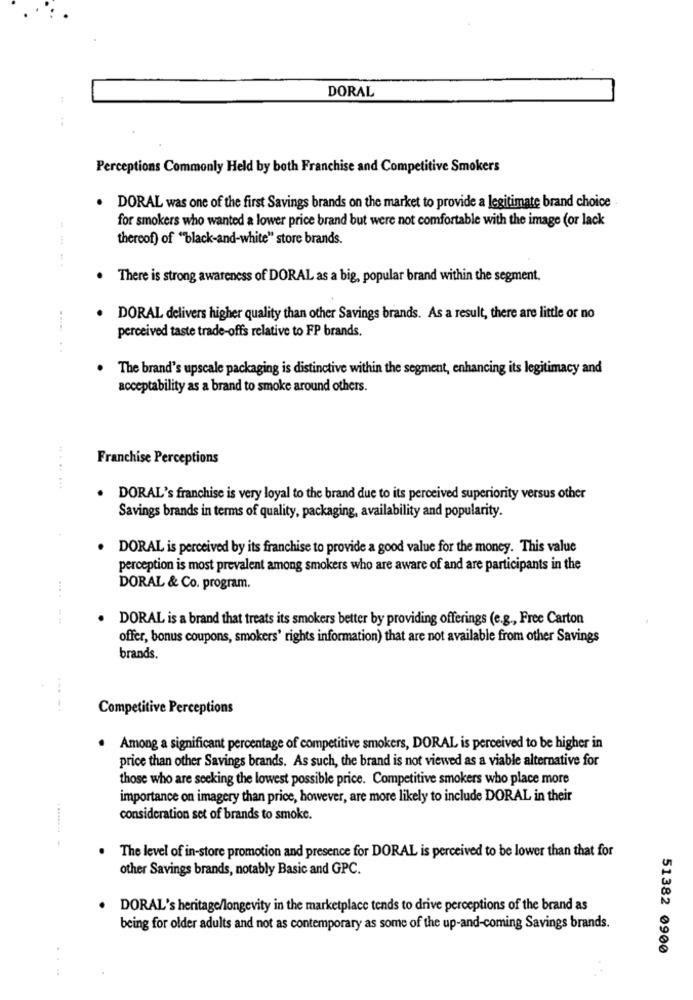
DORAL
Perceptions Commonly Held by both Franchise and Competitive Smokers
. DORAL was one of the first Savings brands on the market to provide a legitimate brand choice
for smokers who wanted a lower price brand but were not comfortable with the image (or lack
thereof) of "black-and-white" store brands.
There is strong awareness of DORAL as a big, popular brand within the segment.
DORAL delivers higher quality than other Savings brands. As a result, there are little or no
perceived taste trade-offs relative to FP brands.
The brand's upscale packaging is distinctive within the segment, enhancing its legitimacy and
acceptability as a brand to smoke around others.
Franchise Perceptions
........
.
DORAL's franchise is very loyal to the brand due to its perceived superiority versus other
Savings brands in terms of quality, packaging, availability and popularity.
DORAL is perceived by its franchise to provide a good value for the money. This value
perception is most prevalent among smokers who are aware of and are participants in the
DORAL & Co. program.
DORAL is a brand that treats its smokers better by providing offerings (e.g ., Free Carton
offer, bonus coupons, smokers' rights information) that are not available from other Savings
brands.
Competitive Perceptions
Among a significant percentage of competitive smokers, DORAL is perceived to be higher in
price than other Savings brands. As such, the brand is not viewed as a viable alternative for
those who are seeking the lowest possible price. Competitive smokers who place more
importance on imagery than price, however, are more likely to include DORAL in their
consideration set of brands to smoke.
. The level of in-store promotion and presence for DORAL is perceived to be lower than that for
other Savings brands, notably Basic and GPC.
DORAL's heritage/longevity in the marketplace tends to drive perceptions of the brand as
being for older adults and not as contemporary as some of the up-and-coming Savings brands.
51382 0900